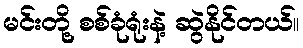
မင်းတို့ စစ်ခုံရုံးနဲ့ ဆွဲနိုင်တယ်။